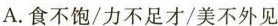
A. 食不饱/力不足才/美不外见